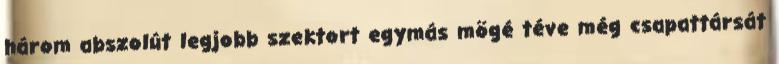
három abszolút legjobb szektort egymás mögé téve még csapattársát